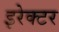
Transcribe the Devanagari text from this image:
इरेक्टर